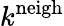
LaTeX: k^{\mathrm{neigh}}